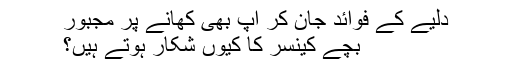
دلیے کے فوائد جان کر آپ بھی کھانے پر مجبور
بچے کینسر کا کیوں شکار ہوتے ہیں؟